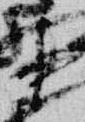
中